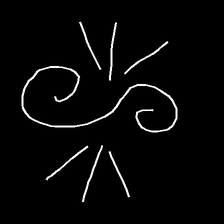
Glyph: wind-directs-air